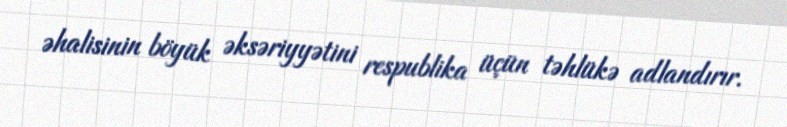
əhalisinin böyük əksəriyyətini respublika üçün təhlükə adlandırır.